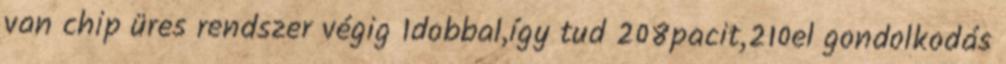
van chip üres rendszer végig 1dobbal,így tud 208pacit,210el gondolkodás